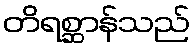
တိရစ္ဆာန်သည်